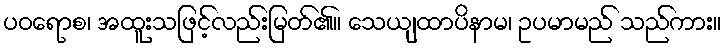
ပဝရောစ၊ အထူးသဖြင့်လည်းမြတ်၏။ သေယျထာပိနာမ၊ ဥပမာမည် သည်ကား။